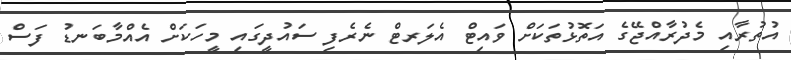
އުތުރާއި މެދުރާއްޖޭގެ އަތޮޅުތަކަށް ވައިޓް އެލަރޓް ނެރެފި ސައުދީގައި މީހަކަށް އެއްމާބަނޑު ފަސް